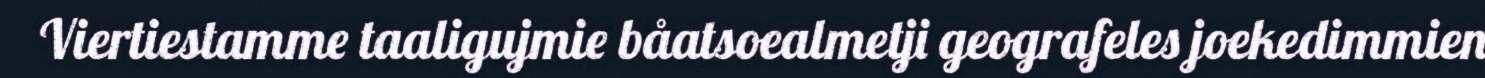
Viertiestamme taaligujmie båatsoealmetji geografeles joekedimmien